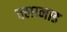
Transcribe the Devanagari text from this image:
क्लानाड